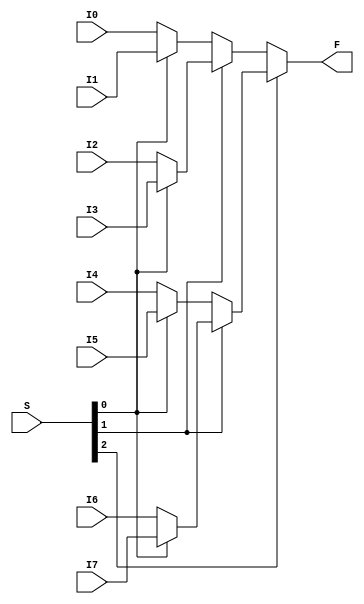
module Mux8to1Nbit(F, S, I0, I1, I2, I3, I4, I5, I6, I7);
	parameter N = 8;
	output [N-1:0] F;
	input [2:0] S;
	input [N-1:0] I0, I1, I2, I3, I4, I5, I6, I7;
	
	assign F = S[2] ? (S[1] ? (S[0] ? I7 : I6) : (S[0] ? I5 : I4)) : (S[1] ? (S[0] ? I3 : I2) : (S[0] ? I1 : I0));
endmodule